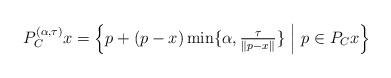
LaTeX: \begin{align*}P^{(\alpha,\tau)}_Cx =\left\{p +(p -x)\min\{\alpha,\tfrac{\tau}{\|p -x\|}\}\ \Big|\ p \in P_Cx\right\}\end{align*}